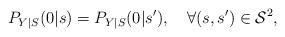
LaTeX: \begin{align*}P_{Y|S}(0|s)=P_{Y|S}(0|s'),\quad\forall(s,s')\in\mathcal{S}^2,\end{align*}